Assam Mental Hospital (Tezpur, India) - 1933-1948
Year: 1933
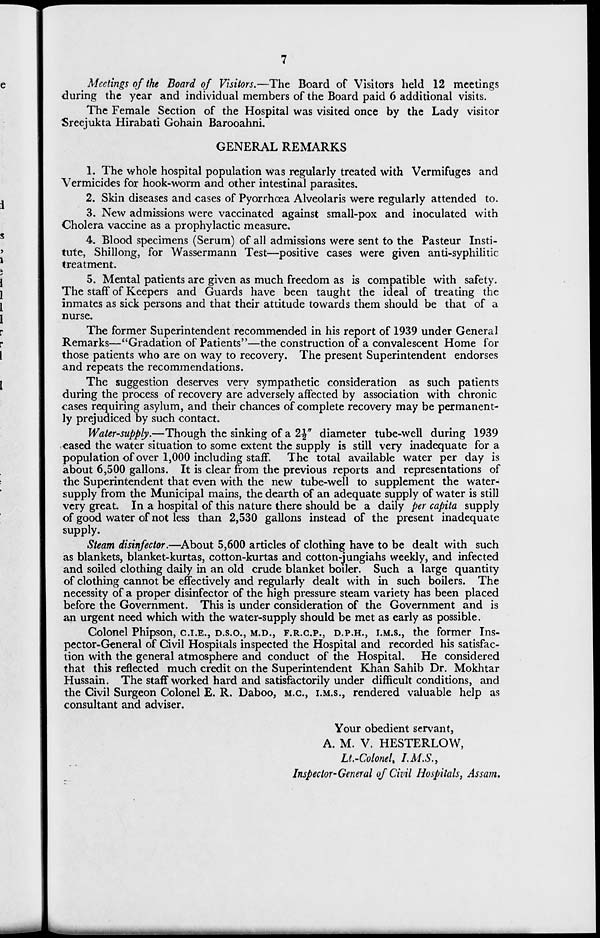
7
Meetings of the Board of Visitors.—The Board of Visitors held 12 meetings
during the year and individual members of the Board paid 6 additional visits.
The Female Section of the Hospital was visited once by the Lady visitor
Sreejukta Hirabati Gohain Barooahni,
GENERAL REMARKS
1. The whole hospital population was regularly treated with Vermifuges and
Vermicides for hook-worm and other intestinal parasites,
2. Skin diseases and cases of Pyorrhœa Alveolaris were regularly attended to
3. New admissions were vaccinated against small-pox and inoculated with
Cholera vaccine as a prophylactic measure,
4. Blood specimens (Serum) of all admissions were sent to the Pasteur Insti-
tute, Shillong, for Wassermann Test—positive cases were given anti-syphilitic
treatment.
5. Mental patients are given as much freedom as is compatible with safety.
The staff of Keepers and Guards have been taught the ideal of treating the
inmates as sick persons and that their attitude towards them should be that of a
nurse.
The former Superintendent recommended in his report of 1939 under General
Remarks—"Gradation of Patients"—the construction of a convalescent Home for
those patients who are on way to recovery. The present Superintendent endorses
and repeats the recommendations.
The suggestion deserves very sympathetic consideration as such patients
during the process of recovery are adversely affected by association with chronic
cases requiring asylum, and their chances of complete recovery may be permanent-
ly prejudiced by such contact.
Water-supply.—Though the sinking of a 2½" diameter tube-well during 1939
eased the water situation to some extent the supply is still very inadequate for a
population of over 1,000 including staff. The total available water per day is
about 6,500 gallons. It is clear from the previous reports and representations of
the Superintendent that even with the new tube-well to supplement the water-
supply from the Municipal mains, the dearth of an adequate supply of water is still
very great In a hospital of this nature there should be a daily per capita supply
of good water of not less than 2,530 gallons instead of the present inadequate
supply.
Steam disinfector.—About 5,600 articles of clothing have to be dealt with such
as blankets, blanket-kurtas, cotton-kurtas and cotton-jungiahs weekly, and infected
and soiled clothing daily in an old crude blanket boiler. Such a large quantity
of clothing cannot be effectively and regularly dealt with in such boilers. The
necessity of a proper disinfector of the high pressure steam variety has been placed
before the Government. This is under consideration of the Government and is
an urgent need which with the water-supply should be met as early as possible.
Colonel Phipson, C.I.E., D.S.O., M.D., F.R.C.P., D.P.H., I.M.S., the former Ins-
pector-General of Civil Hospitals inspected the Hospital and recorded his satisfac-
tion with the general atmosphere and conduct of the Hospital. He considered
that this reflected much credit on the Superintendent Khan Sahib Dr. Mokhtar
Hussain. The staff worked hard and satisfactorily under difficult conditions, and
the Civil Surgeon Colonel E. R. Daboo, M.C., I.M.S., rendered valuable help as
consultant and adviser.
Your obedient servant,
A. M. V. HESTERLOW,
Lt.-Colonel, I.M.S.,
Inspector-General of Civil Hospitals, Assam.